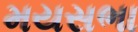
મયસભા